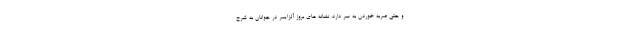
و حتی ضربه خوردن به سر دارد. نشانه های بروز آلزایمر در جوانان به شرح